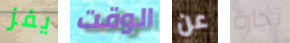
يفز الوقت عن تجارة